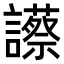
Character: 𧭝